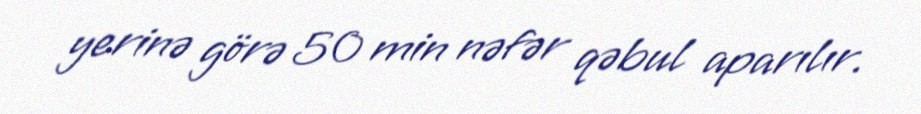
yerinə görə 50 min nəfər qəbul aparılır.